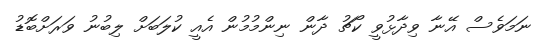
ނަމަވެސް އޭނާ ވިދާޅުވީ ކޯޗު ދާން ނިންމުމުން އެއީ ކުލަބަށް ލިބުނު ވަރަށްބޮޑު